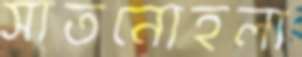
সাতনোহলা